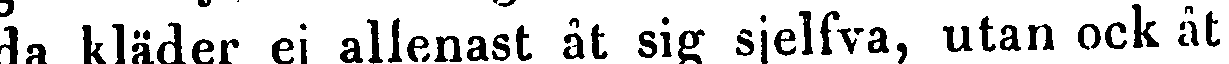
da kläder ej allenast åt sig sjelfva, utan ock åt